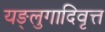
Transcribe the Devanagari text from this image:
यङ्लुगादिवृत्त